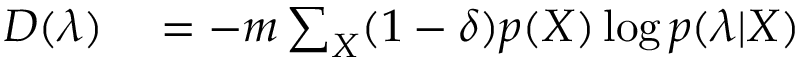
\begin{array} { r l } { D ( \boldsymbol { \lambda } ) } & { { } = - m \sum _ { X } ( 1 - \delta ) p ( X ) \log p ( \boldsymbol { \lambda } | X ) } \end{array}